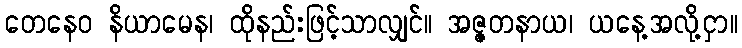
တေနေဝ နိယာမေန၊ ထိုနည်းဖြင့်သာလျှင်။ အဇ္ဇတနာယ၊ ယနေ့အလို့ငှာ။